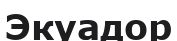
Экуадор